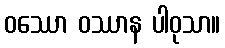
ဝဿော ဝဿာန ပါဝုသာ။